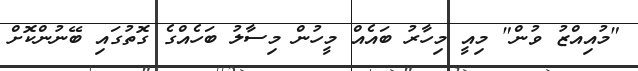
"މުއިއްޒު ވުން" މިއީ މިހާރު ބައެއް މީހުން މިސާލު ބަހެއްގެ ގޮތުގައި ބޭނުންކޮށް